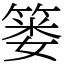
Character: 篓